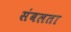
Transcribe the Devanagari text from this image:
संबलता